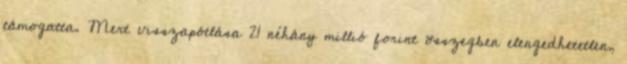
támogatta. Mert visszapótlása 21 néhány millió forint összegben elengedhetetlen,